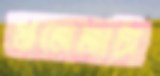
মাজেজাটা